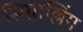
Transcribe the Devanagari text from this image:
सिग्नाल्लिंग